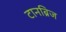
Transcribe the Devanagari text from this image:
टानब्रिज